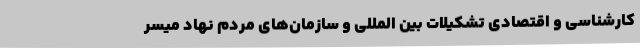
کارشناسی و اقتصادی تشکیلات بین المللی و سازمان‌های مردم نهاد میسر